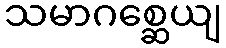
သမာဂစ္ဆေယျ